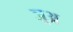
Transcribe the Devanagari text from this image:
ञ़्अ